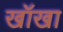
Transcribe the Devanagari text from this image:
खॉखा